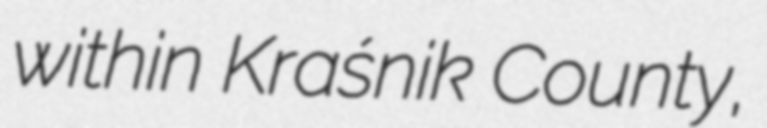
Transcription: within Kraśnik County,